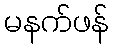
မနက်ဖန်